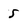
Character: 5